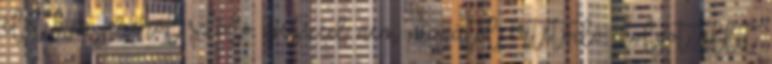
élet kenyeréről szóló beszéd nem magától értetődő dolgot állít.